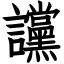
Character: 讜